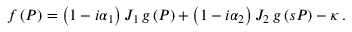
f \left( P \right) = \left( 1 - i \alpha _ { 1 } \right) J _ { 1 } \, g \left( P \right) + \left( 1 - i \alpha _ { 2 } \right) J _ { 2 } \, g \left( s P \right) - \kappa \, .